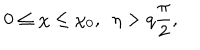
LaTeX: 0 \leq \chi \leq \chi _ { 0 } , ~ ~ \eta > q { \frac { \pi } { 2 } } ,